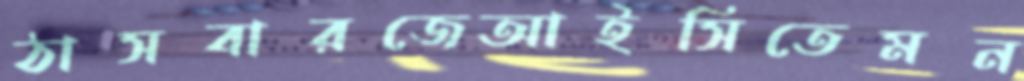
ঠাসবারজেআইসিতেমন